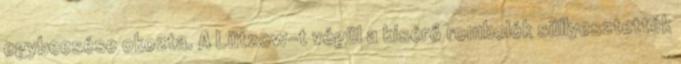
egybeesése okozta. A Lützow-t végül a kísérő rombolók süllyesztették